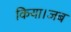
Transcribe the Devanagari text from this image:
किया।जब